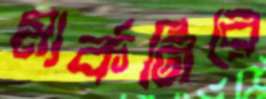
মার্কনিরে